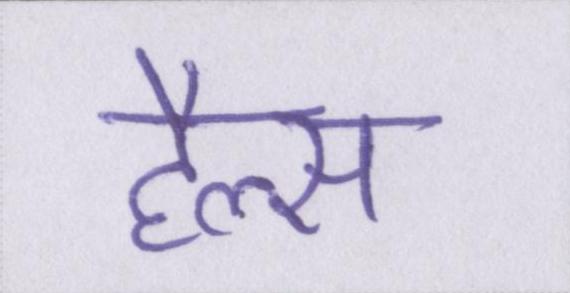
हैल्स